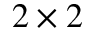
2 \times 2